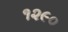
૧૨૯૦